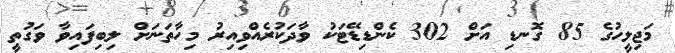
މަޖިލީހުގެ 85 ގޮނޑި އަށް 302 ކެންޑިޑޭޓަކު ވާދަކުރެއްވިއިރު މިހާތަނަށް ލިބިފައިވާ ވަގުތީ